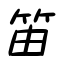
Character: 笛